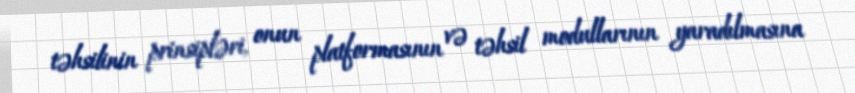
təhsilinin prinsipləri, onun platformasının və təhsil modullarının yaradılmasına